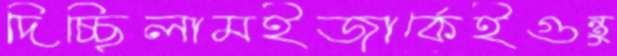
দিচ্ছিলামইজার্কেইগুন্তু